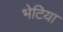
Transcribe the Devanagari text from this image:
भेटिया